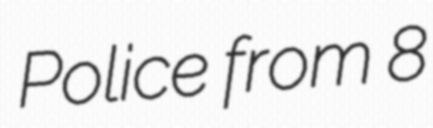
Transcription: Police from 8